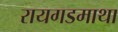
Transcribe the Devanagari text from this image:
रायगडमाथा